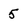
Character: 5